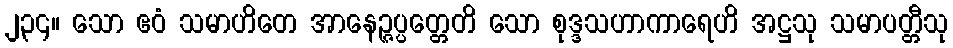
၂၃၄။ သော ဧဝံ သမာဟိတေ အာနေဉ္ဇပ္ပတ္တေတိ သော စုဒ္ဒသဟာကာရေဟိ အဋ္ဌသု သမာပတ္တီသု